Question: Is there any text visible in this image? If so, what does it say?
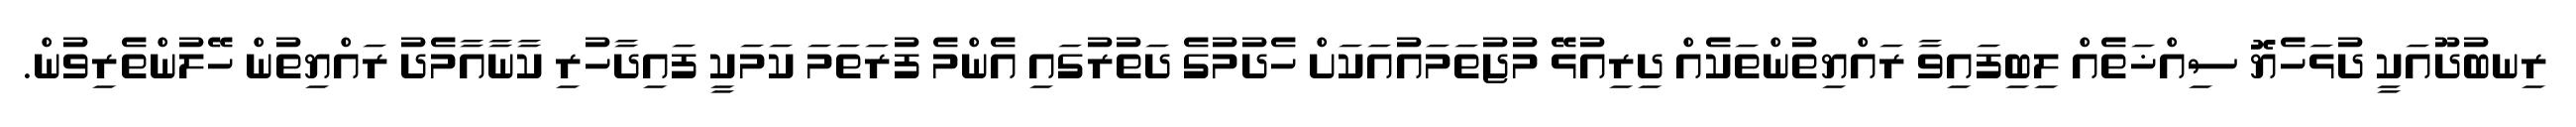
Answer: ރިނބުދޫއަކީ ދުޅަހެޔޮ ސިއްޚަތެއް ލިބިފައިވާ ރައްޔިތުންތަކެއް ދިރިއުޅޭ މުޖުތަމައުއަކަށް ހެދުމުގެ ދަތުރުގައި އެންމެ ފުރަތަމަ ކަމަކީ ފައިދާހުރި ކާނާއާމެދު ރައްޔިތުން ހޭލުންތެރިވުން.